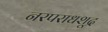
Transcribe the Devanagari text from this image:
नरपराधशूद्र